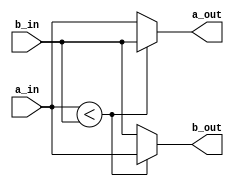
module SwitchComparator (
    input wire [31:0] a_in,
    input wire [31:0] b_in,
    output wire [31:0] a_out,
    output wire [31:0] b_out
    );
    // make sure b_out <= a_out
    assign a_out = (a_in < b_in) ? b_in : a_in;
    assign b_out = (a_in < b_in) ? a_in : b_in;
    
endmodule